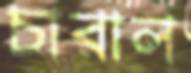
চারাল